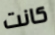
كانت